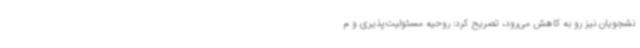
نشجویان نیز رو به کاهش می‌رود، تصریح کرد: روحیه مسئولیت‌پذیری و م